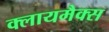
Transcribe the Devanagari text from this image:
क्लायमैक्स